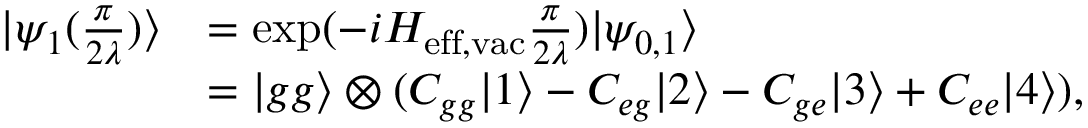
\begin{array} { r l } { | \psi _ { 1 } ( \frac { \pi } { 2 \lambda } ) \rangle } & { = \mathrm { e x p } ( - i H _ { \mathrm { e f f , v a c } } \frac { \pi } { 2 \lambda } ) | \psi _ { 0 , 1 } \rangle } \\ & { = | g g \rangle \otimes ( C _ { g g } | 1 \rangle - C _ { e g } | 2 \rangle - C _ { g e } | 3 \rangle + C _ { e e } | 4 \rangle ) , } \end{array}